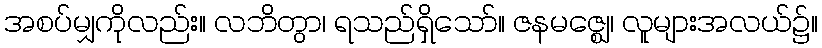
အစပ်မျှကိုလည်း။ လဘိတွာ၊ ရသည်ရှိသော်။ ဇနမဇ္ဈေ၊ လူများအလယ်၌။